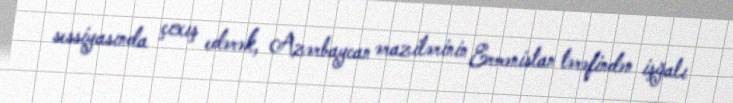
sessiyasında çıxış edərək, Azərbaycan ərazilərinin Ermənistan tərəfindən işğalı